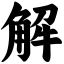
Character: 解